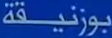
بوزنيقة